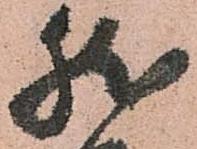
然